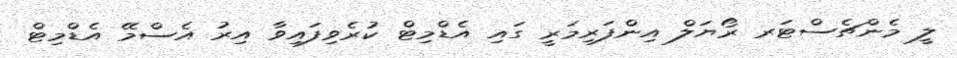
ލީ މެންޗެސްޓަރ ރޯޔަލް އިންފަރިމަރީ ގައި އެޑްމިޓް ކުރެވިފައިވާ އިރު އެސްމޭ އެޑްމިޓް